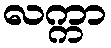
လက္ကာ